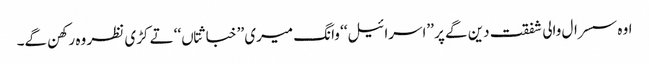
اوہ سسرال والی شفقت دین گے پر ’’اسرائیل‘‘ وانگ میری ’’خباثتاں‘‘ تے کڑی نظر وہ رکھن گے۔